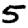
Digit: 5